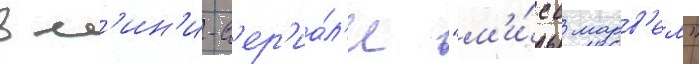
в м'ин'и-с'ер'иа́л'е "м'и́сс марв'ел"